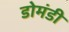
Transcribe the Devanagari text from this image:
डोमंडी